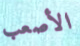
الأصعب